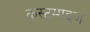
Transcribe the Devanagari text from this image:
कस्टमाइज